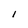
Character: I